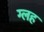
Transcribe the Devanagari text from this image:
ग्लह